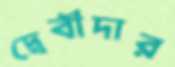
দ্বেবীদার